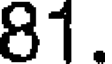
81.